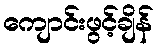
ကျောင်းဖွင့်ချိန်